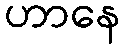
ဟာနေ